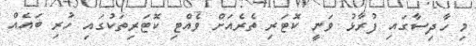
މި ހާދިސާގައި ފުރާޅު ވަނީ ކޮޓަރި ތެރެއަށް ވެއްޓި ކޮޓަރިތަކުގައި ހުރި ބައެއް